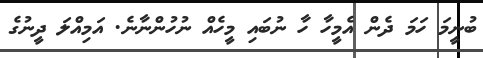
ބުނީމަ ހަމަ ދެން އެމީހާ ހާ ނުބައި މީހެއް ނުހުންނާނެ. އަމިއްލަ ދީނުގެ